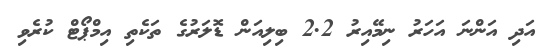
އަދި އަންނަ އަހަރު ނިމޭއިރު 2.2 ބިލިއަން ޑޮލަރުގެ ތަކެތި އިމްޕޯޓް ކުރެވި